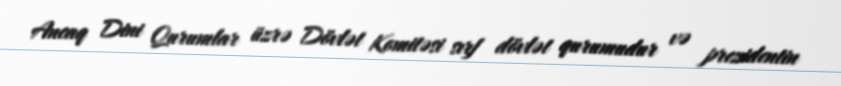
Ancaq Dini Qurumlar üzrə Dövlət Komitəsi sırf dövlət qurumudur və prezidentin